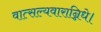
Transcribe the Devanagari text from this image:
वात्सल्यवारान्निधे।